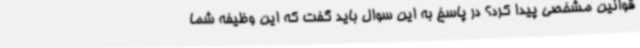
قوانین مشخصی پیدا کرد؟ در پاسخ به این سوال باید گفت که این وظیفه شما